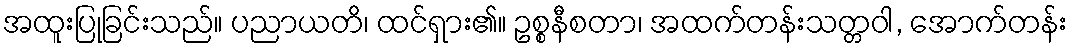
အထူးပြုခြင်းသည်။ ပညာယတိ၊ ထင်ရှား၏။ ဥစ္စနီစတာ၊ အထက်တန်းသတ္တဝါ, အောက်တန်း